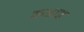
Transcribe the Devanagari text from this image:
कडाड